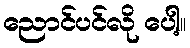
ညောင်ပင်လို ပေါ့။